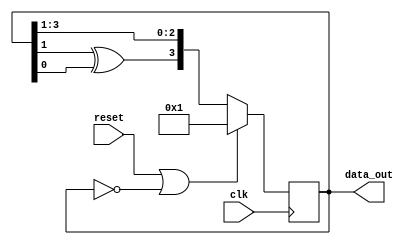
module lfsr(
            reset,
            clk,
            data_out
            );

input reset, clk;
wire next_bit;
output reg [3:0]data_out;

assign next_bit = data_out[1] ^ data_out[0];

always @ (posedge clk)
   begin
      if (reset || data_out == 0)
         data_out <= 1;
      else
         data_out <= {next_bit, data_out[3:1]};
   end
endmodule